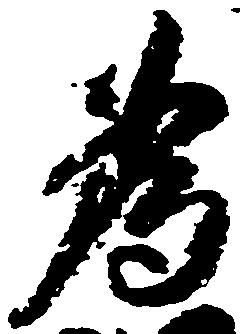
為